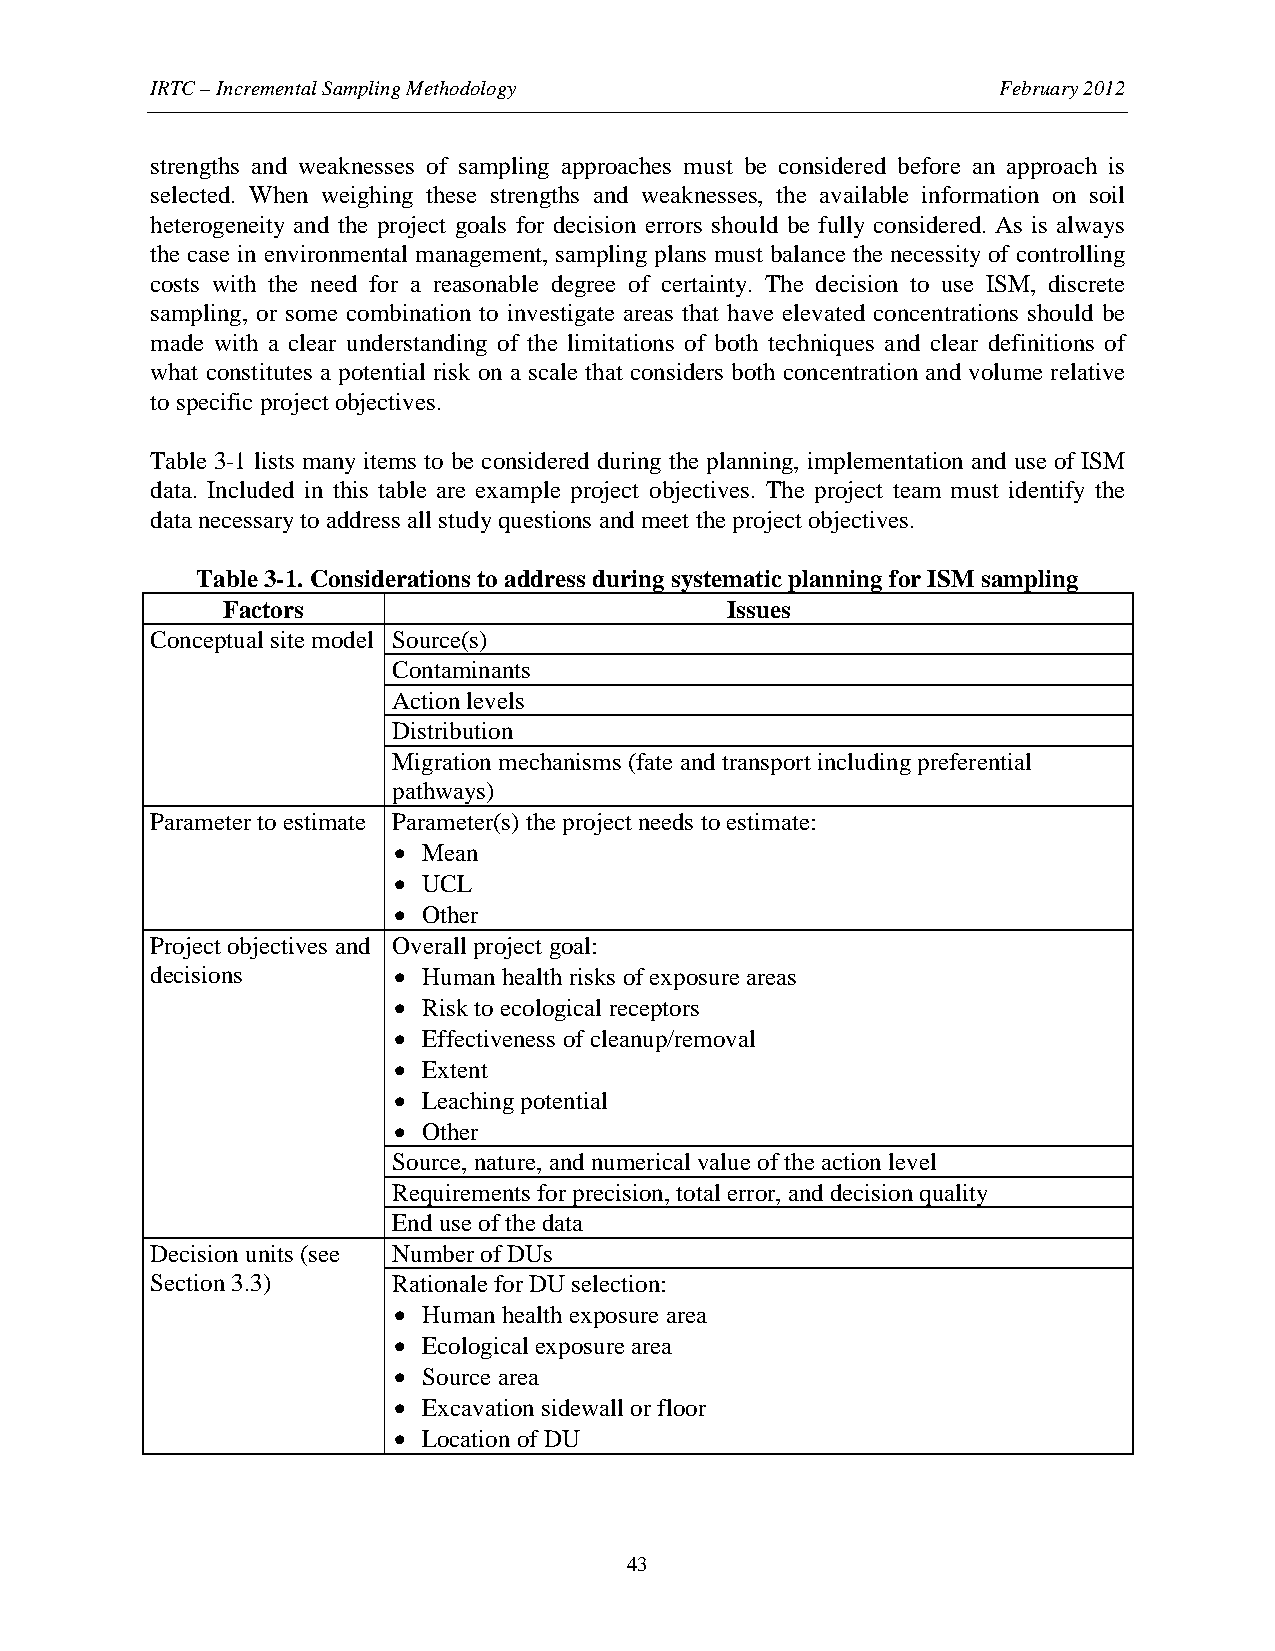
IRTC – Incremental Sampling Methodology                 February 2012
 strengths and weaknesses of sampling approaches must be considered before an approach is
 selected. When weighing these strengths and weaknesses, the available information on soil
 heterogeneity and the project goals for decision errors should be fully considered. As is always
 the case in environmental management, sampling plans must balance the necessity of controlling
 costs with the need for a reasonable degree of certainty. The decision to use ISM, discrete
 sampling, or some combination to investigate areas that have elevated concentrations should be
 made with a clear understanding of the limitations of both techniques and clear definitions of
 what constitutes a potential risk on a scale that considers both concentration and volume relative
 to specific project objectives.
 Table 3-1 lists many items to be considered during the planning, implementation and use of ISM
 data. Included in this table are example project objectives. The project team must identify the
 data necessary to address all study questions and meet the project objectives.
 Table 3-1. Considerations to address during systematic planning for ISM sampling
 Factors                          Issues
 Conceptual site model Source(s)
 Contaminants
 Action levels
 Distribution
 Migration mechanisms (fate and transport including preferential
 pathways)
 Parameter to estimate Parameter(s) the project needs to estimate:
 • Mean
 • UCL
 • Other
 Project objectives and Overall project goal:
 decisions       • Human health risks of exposure areas
 • Risk to ecological receptors
 • Effectiveness of cleanup/removal
 • Extent
 • Leaching potential
 • Other
 Source, nature, and numerical value of the action level
 Requirements for precision, total error, and decision quality
 End use of the data
 Decision units (see Number of DUs
 Section 3.3)    Rationale for DU selection:
 • Human health exposure area
 • Ecological exposure area
 • Source area
 • Excavation sidewall or floor
 • Location of DU
 43